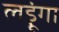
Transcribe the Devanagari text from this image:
लड़ूंगा